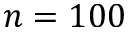
n = 1 0 0